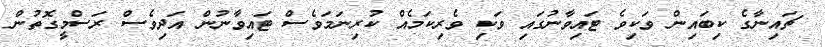
ޗައިނާގެ ކިބައިން ވަކިވެ ޓައިވާނުގައި ވަކި ވެރިކަމެއް ކުރިނަމަވެސް ޓައިވާނުން އަދިވެސް ރަސްމީގޮތުން